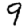
Digit: 9